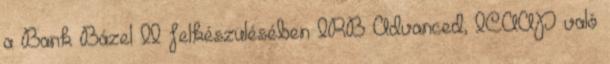
a Bank Bázel II felkészülésében IRB Advanced, ICAAP való